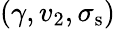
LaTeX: (\gamma,v_{2},\sigma_{\mathrm{s}})